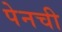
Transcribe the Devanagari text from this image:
पेनची